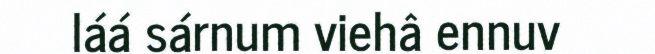
láá sárnum viehâ ennuv